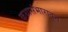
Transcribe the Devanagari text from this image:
कथासंभारातून